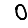
Digit: 0